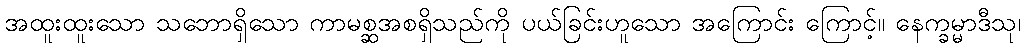
အထူးထူးသော သဘောရှိသော ကာမစ္ဆအစရှိသည်ကို ပယ်ခြင်းဟူသော အကြောင်း ကြောင့်။ နေက္ခမ္မာဒီသု၊